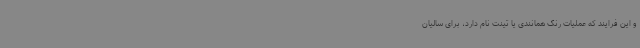
و این فرایند که عملیات رنگ همانندی یا تینت نام دارد، برای سالیان